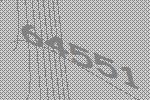
64551